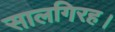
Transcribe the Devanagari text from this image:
सालगिरह।